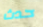
حدث